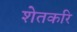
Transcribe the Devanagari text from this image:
शेतकरि